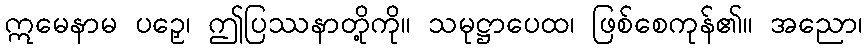
ဣမေနာမ ပဉှေ၊ ဤပြဿနာတို့ကို။ သမုဋ္ဌာပေထ၊ ဖြစ်စေကုန်၏။ အညော၊